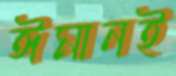
ঈমানই